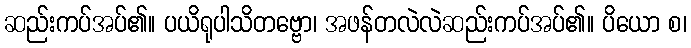
ဆည်းကပ်အပ်၏။ ပယိရုပါသိတဗ္ဗော၊ အဖန်တလဲလဲဆည်းကပ်အပ်၏။ ပိယော စ၊